Vaccination in the Punjab 1867-1880 - 1867-1880
Year: 1867
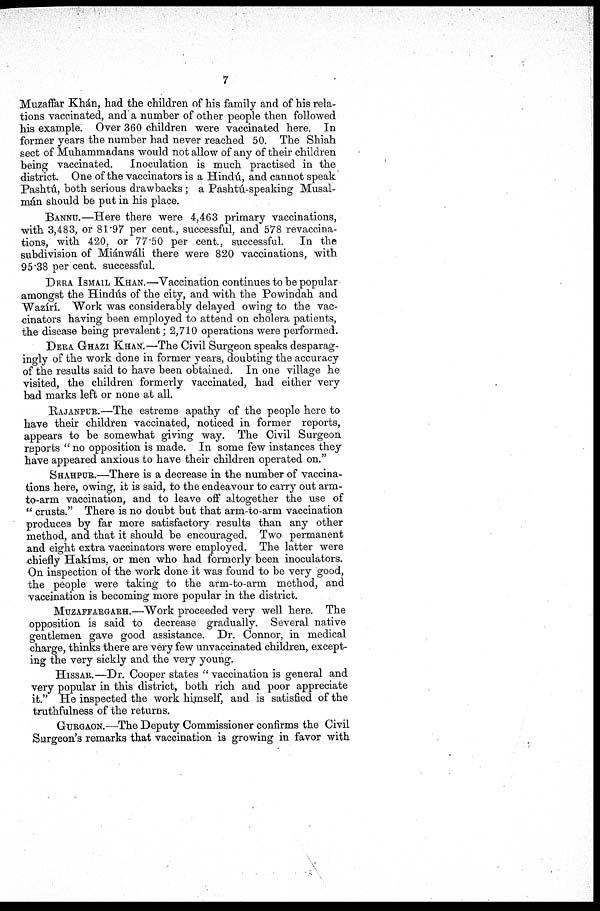
7
Muzaffar Khán, had the children of his family and of his rela-
tions vaccinated, and a number of other people then followed
his example. Over 360 children were vaccinated here. In
former years the number had never reached 50. The Shiah
sect of Muhammadans would not allow of any of their children
being vaccinated.
Inoculation is much practised in the
district. One of the vaccinators is a Hindú, and cannot speak
Pashtú, both serious drawbacks; a Pashtú-speaking Musal-
mán should be put in his place.
BANNU.—Here there were 4,463 primary vaccinations,
with 3,483, or 81.97 per cent., successful, and 578 revaccina¬
tions, with 420, or 77.50 per cent., successful. In the
subdivision of Miánwáli there were 820 vaccinations, with
95.38 per cent. successful.
DERA ISMAIL KHAN.—Vaccination continues to be popular
amongst the Hindús of the city, and with the Powindah and
Wazírí. Work was considerably delayed owing to the vac-
cinators having been employed to attend on cholera patients,
the disease being prevalent; 2,710 operations were performed.
DERA GHAZI KHAN.—The Civil Surgeon speaks desparag¬
ingly of the work done in former years, doubting the accuracy
of the results said to have been obtained. In one village he
visited, the children formerly vaccinated, had either very
bad marks left or none at all.
RAJANPUR.—The estreme apathy of the people here to
have their children vaccinated, noticed in former reports,
appears to be somewhat giving way. The Civil Surgeon
reports "no opposition is made. In some few instances they
have appeared anxious to have their children operated on."
SHAHPUR.—There is a decrease in the number of vaccina-
tions here, owing, it is said, to the endeavour to carry out arm-
to-arm vaccination, and to leave off altogether the use of
"crusts." There is no doubt but that arm-to-arm vaccination
produces by far more satisfactory results than any other
method, and that it should be encouraged. Two permanent
and eight extra vaccinators were employed. The latter were
chiefly Hakíms, or men who had formerly been inoculators.
On inspection of the work done it was found to be very good,
the people were taking to the arm-to-arm method, and
vaccination is becoming more popular in the district.
MUZAFFARGARH.—Work proceeded very well here. The
opposition is said to decrease gradually. Several native
gentlemen gave good assistance. Dr. Connor, in medical
charge, thinks there are very few unvaccinated children, except-
ing the very sickly and the very young.
HISSAR.—Dr. Cooper states " vaccination is general and
very popular in this district, both rich and poor appreciate
it." He inspected the work himself, and is satisfied of the
truthfulness of the returns.
GURGAON.—The Deputy Commissioner confirms the Civil
Surgeon's remarks that vaccination is growing in favor with